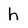
Character: h